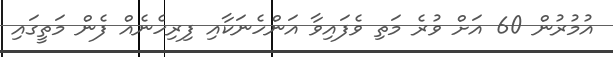
އުމުރުން 60 އަށް ވުރެ މަތި ވެފައިވާ އަންހެނަކާއި ފިރިހެނެއް ފެން މަތީގައި